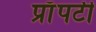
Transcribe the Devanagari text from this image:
प्राॅपर्टी